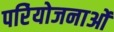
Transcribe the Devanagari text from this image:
परिेयोजनाओं